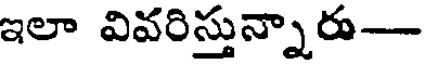
ఇలా వివరిస్తున్నారు---